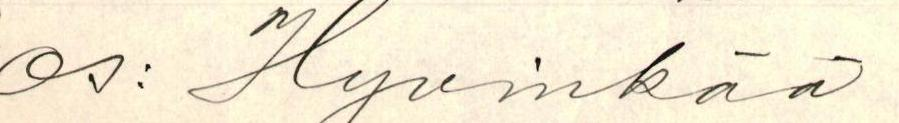
os: Hyvinkää